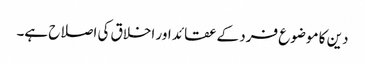
دین کا موضوع فرد کے عقائد اور اخلاق کی اصلاح ہے۔